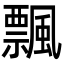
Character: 飄